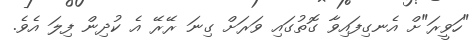
"ހަވީރަ"ށް އެނގިފައިވާ ގޮތުގައި ވަރަށް ގިނަ ރޭރޭ އެ ކުދިން ފިލަ އެވެ.